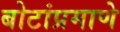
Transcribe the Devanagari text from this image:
बोटांप्रमाणे